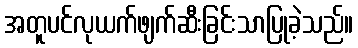
အတူပင်လုယက်ဖျက်ဆီးခြင်းသာပြုခဲ့သည်။